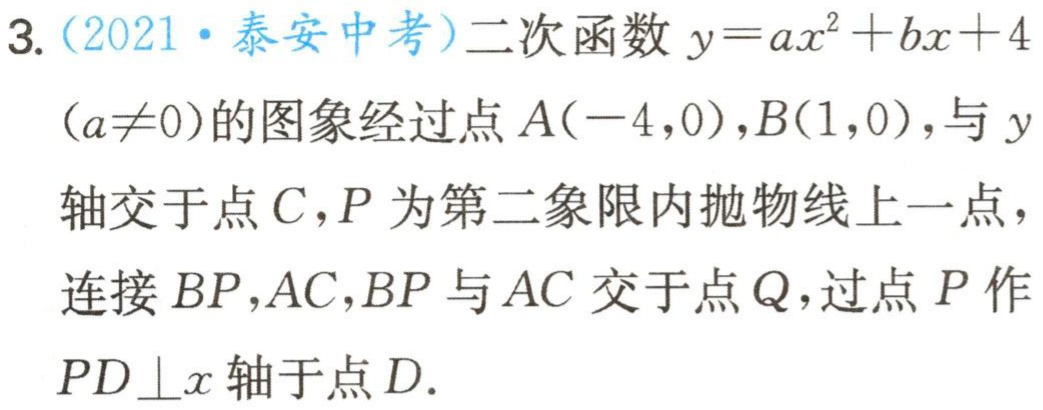
3.（2021·泰安中考）二次函数\(y = ax^{2}+bx + 4\)
\((a\neq0)\)的图象经过点\(A(-4,0)\)，\(B(1,0)\)，与\(y\)
轴交于点\(C\)，\(P\)为第二象限内抛物线上一点，
连接\(BP\)，\(AC\)，\(BP\)与\(AC\)交于点\(Q\)，过点\(P\)作
\(PD\perp x\)轴于点\(D\).